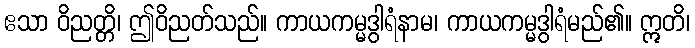
ဧသာ ဝိညတ္တိ၊ ဤဝိညတ်သည်။ ကာယကမ္မဒွါရံနာမ၊ ကာယကမ္မဒွါရံမည်၏။ ဣတိ၊